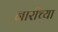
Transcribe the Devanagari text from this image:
नारींच्या